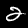
Digit: 2